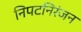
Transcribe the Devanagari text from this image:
निपटनिरंजन